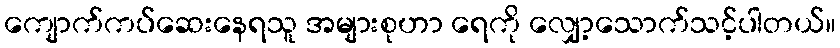
ကျောက်ကပ်ဆေးနေရသူ အများစုဟာ ရေကို လျှော့သောက်သင့်ပါတယ်။